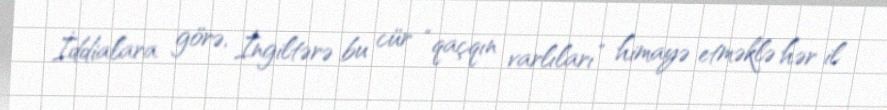
İddialara görə, İngiltərə bu cür “qaçqın varlıları” himayə etməklə hər il